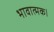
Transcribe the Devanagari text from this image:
भावात्मक।